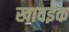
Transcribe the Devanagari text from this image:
खावइक